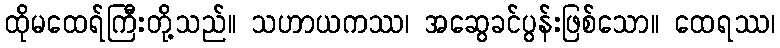
ထိုမထေရ်ကြီးတို့သည်။ သဟာယကဿ၊ အဆွေခင်ပွန်းဖြစ်သော။ ထေရဿ၊